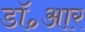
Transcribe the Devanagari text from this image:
डॉ॰आर